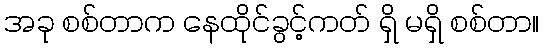
အခု စစ်တာက နေထိုင်ခွင့်ကတ် ရှိ မရှိ စစ်တာ။